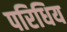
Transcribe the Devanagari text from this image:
परिधिय